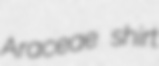
Araceae shirt